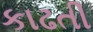
કાઢતી